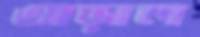
অড়াল